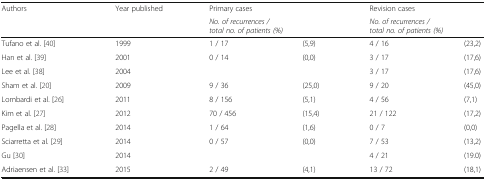
<table><thead><tr><td><b>Authors</b></td><td><b>Year published</b></td><td><b>Primary cases</b></td><td></td><td><b>Revision cases</b></td><td></td></tr><tr><td></td><td></td><td colspan="2"><b><i>No. of recurrences /</i><i>total no. of patients (%)</i></b></td><td colspan="2"><b><i>No. of recurrences /</i><i>total no. of patients (%)</i></b></td></tr></thead><tbody><tr><td>Tufano et al. [40]</td><td>1999</td><td>1 / 17</td><td>(5,9)</td><td>4 / 16</td><td>(23,2)</td></tr><tr><td>Han et al. [39]</td><td>2001</td><td>0 / 14</td><td>(0,0)</td><td>3 / 17</td><td>(17,6)</td></tr><tr><td>Lee et al. [38]</td><td>2004</td><td></td><td></td><td>3 / 17</td><td>(17,6)</td></tr><tr><td>Sham et al. [20]</td><td>2009</td><td>9 / 36</td><td>(25,0)</td><td>9 / 20</td><td>(45,0)</td></tr><tr><td>Lombardi et al. [26]</td><td>2011</td><td>8 / 156</td><td>(5,1)</td><td>4 / 56</td><td>(7,1)</td></tr><tr><td>Kim et al. [27]</td><td>2012</td><td>70 / 456</td><td>(15,4)</td><td>21 / 122</td><td>(17,2)</td></tr><tr><td>Pagella et al. [28]</td><td>2014</td><td>1 / 64</td><td>(1,6)</td><td>0 / 7</td><td>(0,0)</td></tr><tr><td>Sciarretta et al. [29]</td><td>2014</td><td>0 / 57</td><td>(0,0)</td><td>7 / 53</td><td>(13,2)</td></tr><tr><td>Gu [30]</td><td>2014</td><td></td><td></td><td>4 / 21</td><td>(19.0)</td></tr><tr><td>Adriaensen et al. [33]</td><td>2015</td><td>2 / 49</td><td>(4,1)</td><td>13 / 72</td><td>(18,1)</td></tr></tbody></table>